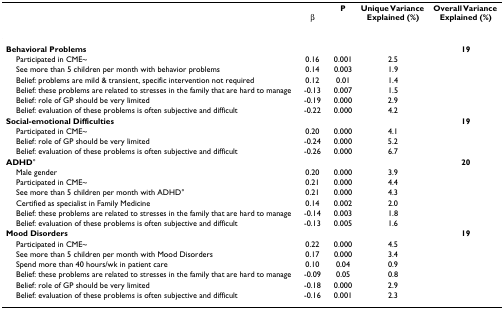
<table><thead><tr><td></td><td><b>β</b></td><td><b>P</b></td><td><b>Unique Variance Explained (%)</b></td><td><b>Overall Variance Explained (%)</b></td></tr></thead><tbody><tr><td><b>Behavioral Problems</b></td><td></td><td></td><td></td><td><b>19</b></td></tr><tr><td> Participated in CME~</td><td>0.16</td><td>0.001</td><td>2.5</td><td></td></tr><tr><td> See more than 5 children per month with behavior problems</td><td>0.14</td><td>0.003</td><td>1.9</td><td></td></tr><tr><td> Belief: problems are mild &amp; transient, specific intervention not required</td><td>0.12</td><td>0.01</td><td>1.4</td><td></td></tr><tr><td> Belief: these problems are related to stresses in the family that are hard to manage</td><td>-0.13</td><td>0.007</td><td>1.5</td><td></td></tr><tr><td> Belief: role of GP should be very limited</td><td>-0.19</td><td>0.000</td><td>2.9</td><td></td></tr><tr><td> Belief: evaluation of these problems is often subjective and difficult</td><td>-0.22</td><td>0.000</td><td>4.2</td><td></td></tr><tr><td><b>Social-emotional Difficulties</b></td><td></td><td></td><td></td><td><b>19</b></td></tr><tr><td> Participated in CME~</td><td>0.20</td><td>0.000</td><td>4.1</td><td></td></tr><tr><td> Belief: role of GP should be very limited</td><td>-0.24</td><td>0.000</td><td>5.2</td><td></td></tr><tr><td> Belief: evaluation of these problems is often subjective and difficult</td><td>-0.26</td><td>0.000</td><td>6.7</td><td></td></tr><tr><td><b>ADHD</b>°</td><td></td><td></td><td></td><td><b>20</b></td></tr><tr><td> Male gender</td><td>0.20</td><td>0.000</td><td>3.9</td><td></td></tr><tr><td> Participated in CME~</td><td>0.21</td><td>0.000</td><td>4.4</td><td></td></tr><tr><td> See more than 5 children per month with ADHD°</td><td>0.21</td><td>0.000</td><td>4.3</td><td></td></tr><tr><td> Certified as specialist in Family Medicine</td><td>0.14</td><td>0.002</td><td>2.0</td><td></td></tr><tr><td> Belief: these problems are related to stresses in the family that are hard to manage</td><td>-0.14</td><td>0.003</td><td>1.8</td><td></td></tr><tr><td> Belief: evaluation of these problems is often subjective and difficult</td><td>-0.13</td><td>0.005</td><td>1.6</td><td></td></tr><tr><td><b>Mood Disorders</b></td><td></td><td></td><td></td><td><b>19</b></td></tr><tr><td> Participated in CME~</td><td>0.22</td><td>0.000</td><td>4.5</td><td></td></tr><tr><td> See more than 5 children per month with Mood Disorders</td><td>0.17</td><td>0.000</td><td>3.4</td><td></td></tr><tr><td> Spend more than 40 hours/wk in patient care</td><td>0.10</td><td>0.04</td><td>0.9</td><td></td></tr><tr><td> Belief: these problems are related to stresses in the family that are hard to manage</td><td>-0.09</td><td>0.05</td><td>0.8</td><td></td></tr><tr><td> Belief: role of GP should be very limited</td><td>-0.18</td><td>0.000</td><td>2.9</td><td></td></tr><tr><td> Belief: evaluation of these problems is often subjective and difficult</td><td>-0.16</td><td>0.001</td><td>2.3</td><td></td></tr></tbody></table>